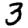
Digit: 3